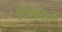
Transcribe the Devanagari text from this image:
दिवद्लो